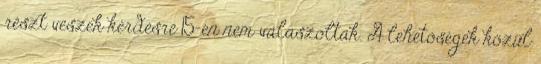
részt veszek kérdésre 15-en nem válaszoltak. A lehetőségek közül